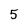
Character: 5